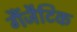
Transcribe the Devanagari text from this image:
गैंजैटिक